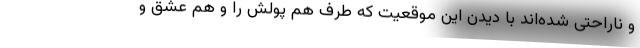
و ناراحتی شده‌اند با دیدن این موقعیت که طرف هم پولش را و هم عشق و